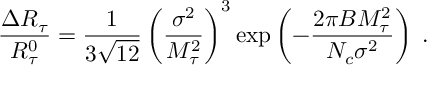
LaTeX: \frac { \Delta R _ { \tau } } { R _ { \tau } ^ { 0 } } = \frac { 1 } { 3 \sqrt { 1 2 } } \left( \frac { \sigma ^ { 2 } } { M _ { \tau } ^ { 2 } } \right) ^ { 3 } { \exp } \left( - \frac { 2 \pi B M _ { \tau } ^ { 2 } } { N _ { c } \sigma ^ { 2 } } \right) \; .